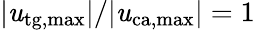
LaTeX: |\mathit{u}_{\mathrm{{tg,max}}}|/|\mathit{u}_{\mathrm{{ca,max}}}|=1